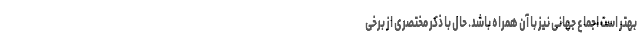
بهتر است اجماع جهانی نیز با آن همراه باشد. حال با ذکر مختصری از برخی